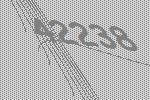
42238